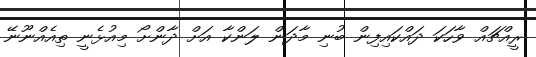
ރީއްޗައް ވާހަކަ ދައްކައިފިން ބުނި މާދަން ލަންކާ އަށް ދާންށޯ މިއުޅެނީ ތިއެއްނޫނޭ